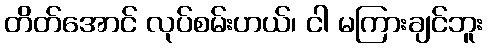
တိတ်အောင် လုပ်စမ်းဟယ်၊ ငါ မကြားချင်ဘူး